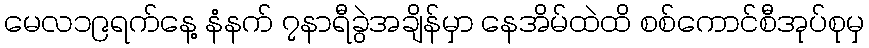
မေလ၁၉ရက်နေ့ နံနက် ၇နာရီခွဲအချိန်မှာ နေအိမ်ထဲထိ စစ်ကောင်စီအုပ်စုမှ